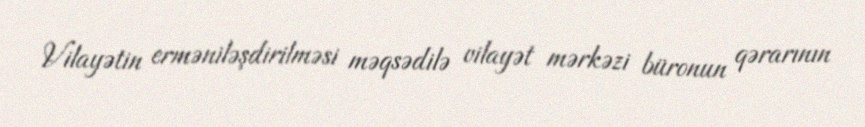
Vilayətin erməniləşdirilməsi məqsədilə vilayət mərkəzi büronun qərarının